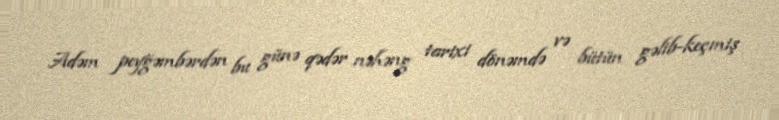
Adəm peyğəmbərdən bu günə qədər nəhəng tarixi dönəmdə və bütün gəlib-keçmiş